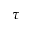
\tau